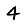
Digit: 4